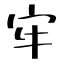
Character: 牢